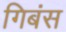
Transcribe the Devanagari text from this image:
गिबंस